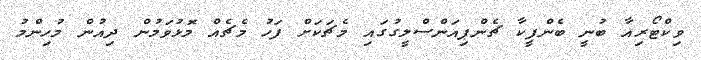
ވިކްޓޯރިއާ ބުނީ ބެންފީކާ ޗެންޕިއަންސްލީގުގައި މެޗަކަށް ފަހު މެޗެއް މޮޅުވަމުން ދިއުން މުހިންމު